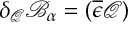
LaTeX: \delta _ { \mathcal { Q } } \mathcal { B } _ { \alpha } = ( \overline { { { \epsilon } } } \mathcal { Q } )